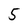
Character: 5